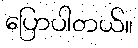
ပြောပါတယ်။